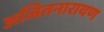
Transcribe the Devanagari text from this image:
अजितनारायण